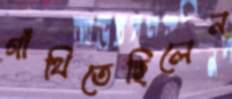
গাঁথিতেছিলেন